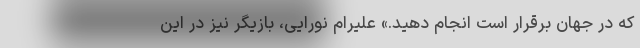
که در جهان برقرار است انجام دهید.» علیرام نورایی، بازیگر نیز در این